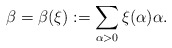
\begin{align*}\beta = \beta (\xi) := \sum_{\alpha >0}\xi(\alpha)\alpha.\end{align*}